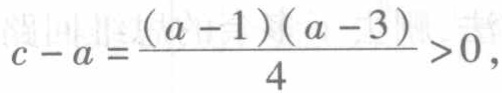
\(c - a = \frac{(a - 1)(a - 3)}{4}>0\)